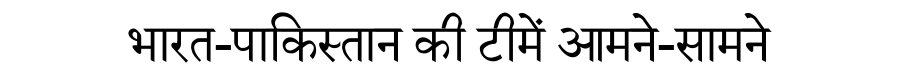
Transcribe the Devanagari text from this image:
भारत-पाकिस्तान की टीमें आमने-सामने